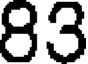
83